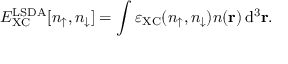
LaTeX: E _ { \mathrm { X C } } ^ { \mathrm { L S D A } } [ n _ { \uparrow } , n _ { \downarrow } ] = \int \varepsilon _ { \mathrm { X C } } ( n _ { \uparrow } , n _ { \downarrow } ) n ( \mathbf { r } ) \, \mathrm { d } ^ { 3 } \mathbf { r } .